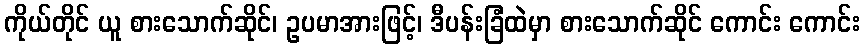
ကိုယ်တိုင် ယူ စားသောက်ဆိုင်၊ ဥပမာအားဖြင့်၊ ဒီပန်းခြံထဲမှာ စားသောက်ဆိုင် ကောင်း ကောင်း